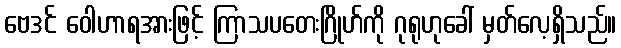
ဗေဒင် ဝေါဟာရအားဖြင့် ကြာသပတေးဂြိုဟ်ကို ဂုရုဟုခေါ် မှတ်လေ့ရှိသည်။